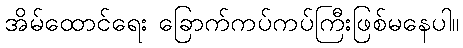
အိမ်ထောင်ရေး ခြောက်ကပ်ကပ်ကြီးဖြစ်မနေပါ။